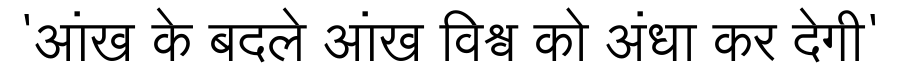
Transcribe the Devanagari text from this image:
'आंख के बदले आंख विश्व को अंधा कर देगी'